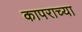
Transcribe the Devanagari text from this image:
कापराच्या